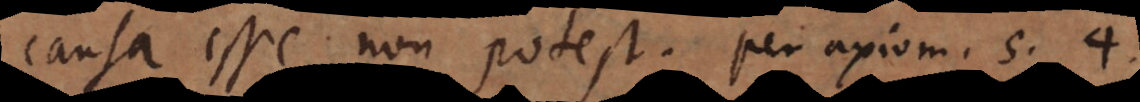
causa esse non potest, per axiom. 5. 4.